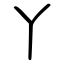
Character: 丫